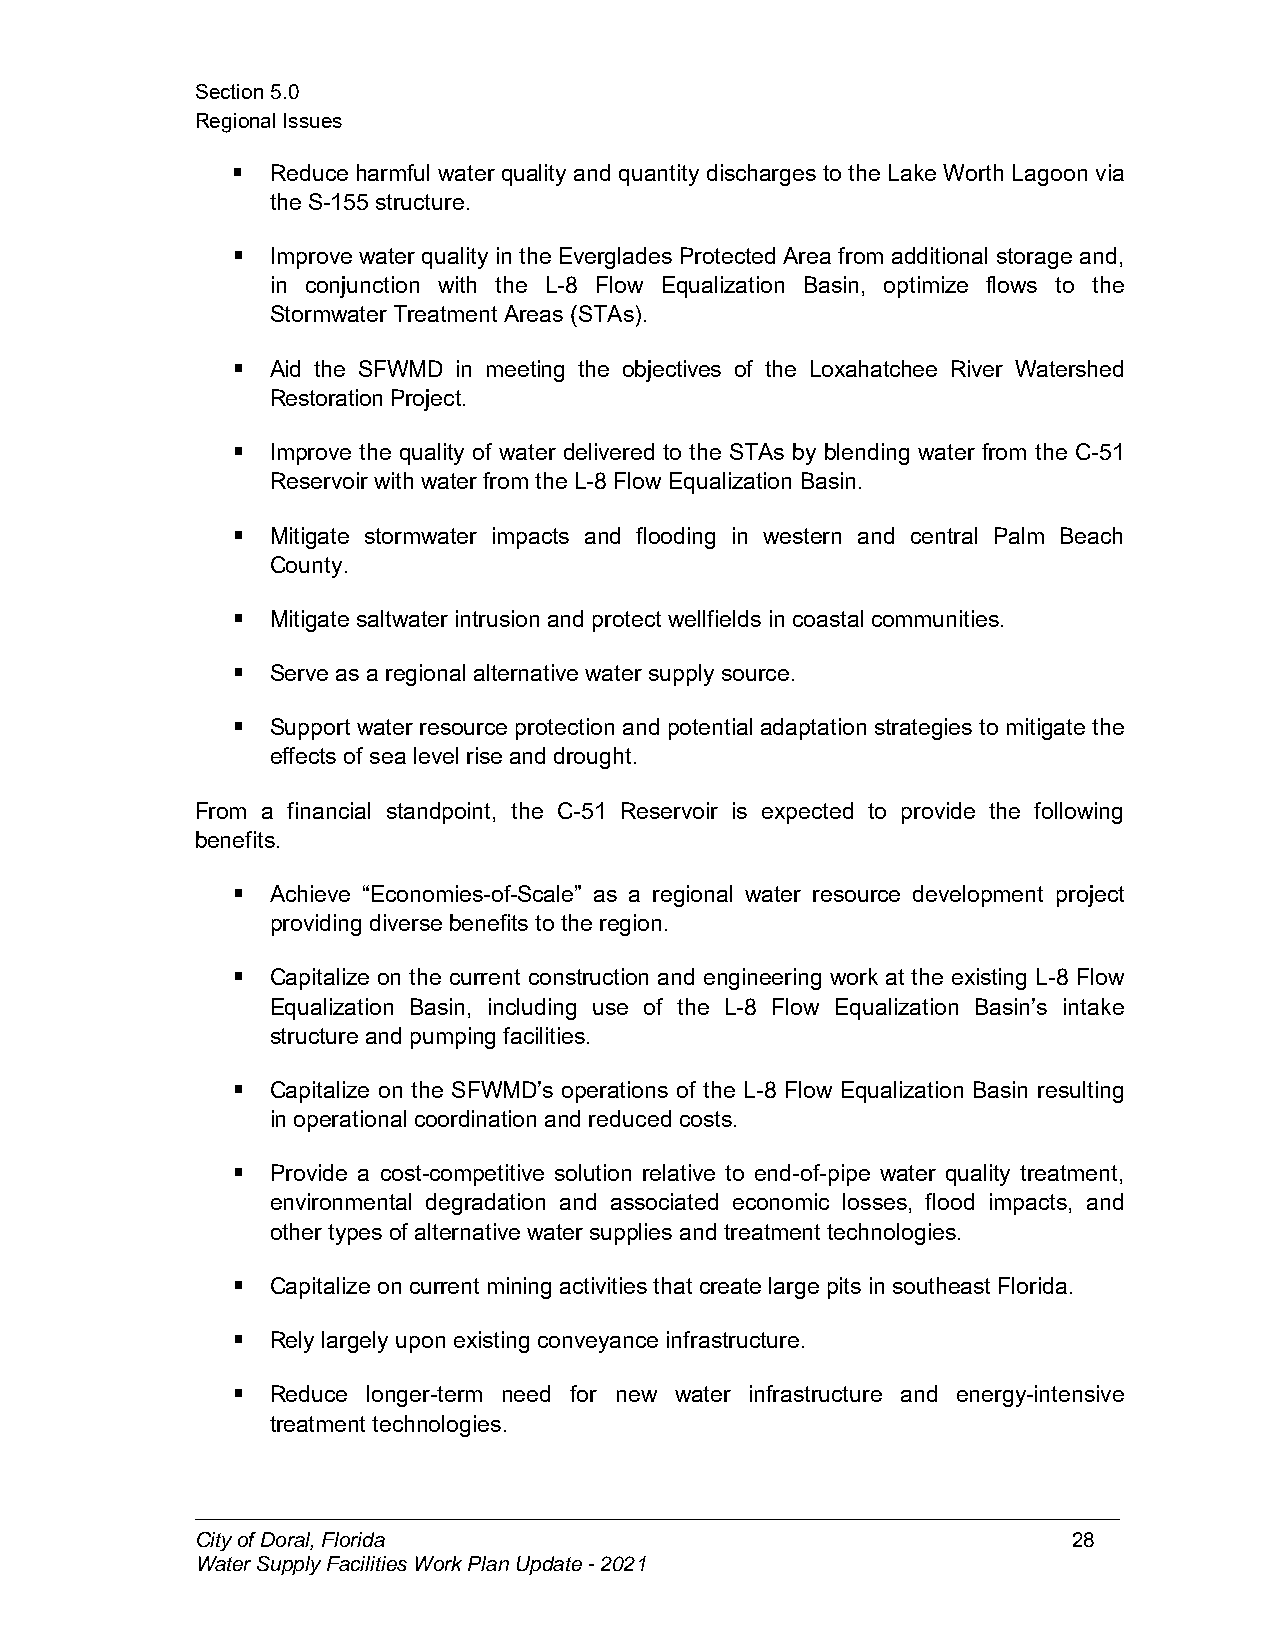
Section5.0
 RegionalIssues
   Reduce harmful water quality and quantity discharges to the Lake Worth Lagoon via
 the S-155structure.
   Improve water quality in the Everglades Protected Area from additional storage and,
 in conjunction with the L-8 Flow Equalization Basin, optimize flows to the
 Stormwater Treatment Areas (STAs).
   Aid the SFWMD in meeting the objectives of the Loxahatchee River Watershed
 RestorationProject.
   Improve the quality of water delivered to the STAs by blending water from the C-51
 Reservoir withwater from the L-8 Flow Equalization Basin.
   Mitigate stormwater impacts and flooding in western and central Palm Beach
 County.
   Mitigatesaltwater intrusion and protect wellfields in coastal communities.
   Serve as aregional alternative water supply source.
   Support water resource protection and potential adaptation strategies to mitigate the
 effects of sea levelrise and drought.
 From a financial standpoint, the C-51 Reservoir is expected to provide the following
 benefits.
   Achieve “Economies-of-Scale” as a regional water resource development project
 providing diversebenefits totheregion.
   Capitalize on the current construction and engineering work at the existing L-8 Flow
 Equalization Basin, including use of the L-8 Flow Equalization Basin’s intake
 structureand pumpingfacilities.
   Capitalize on the SFWMD’s operations of the L-8 Flow Equalization Basin resulting
 in operational coordination andreducedcosts.
   Provide a cost-competitive solution relative to end-of-pipe water quality treatment,
 environmental degradation and associated economic losses, flood impacts, and
 other types of alternativewater supplies andtreatment technologies.
   Capitalize on current mining activities that createlarge pits in southeast Florida.
   Rely largely upon existing conveyanceinfrastructure.
   Reduce longer-term need for new water infrastructure and energy-intensive
 treatment technologies.
 CityofDoral,Florida                                       28
 WaterSupplyFacilitiesWorkPlanUpdate-2021